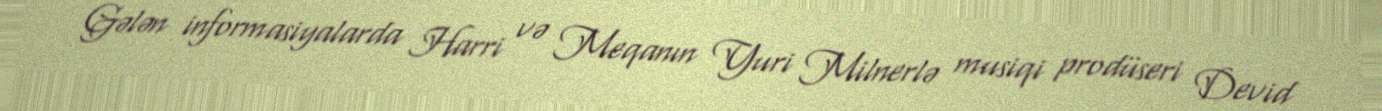
Gələn informasiyalarda Harri və Meqanın Yuri Milnerlə musiqi prodüseri Devid